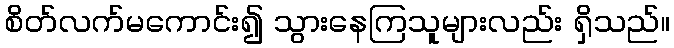
စိတ်လက်မကောင်း၍ သွားနေကြသူများလည်း ရှိသည်။